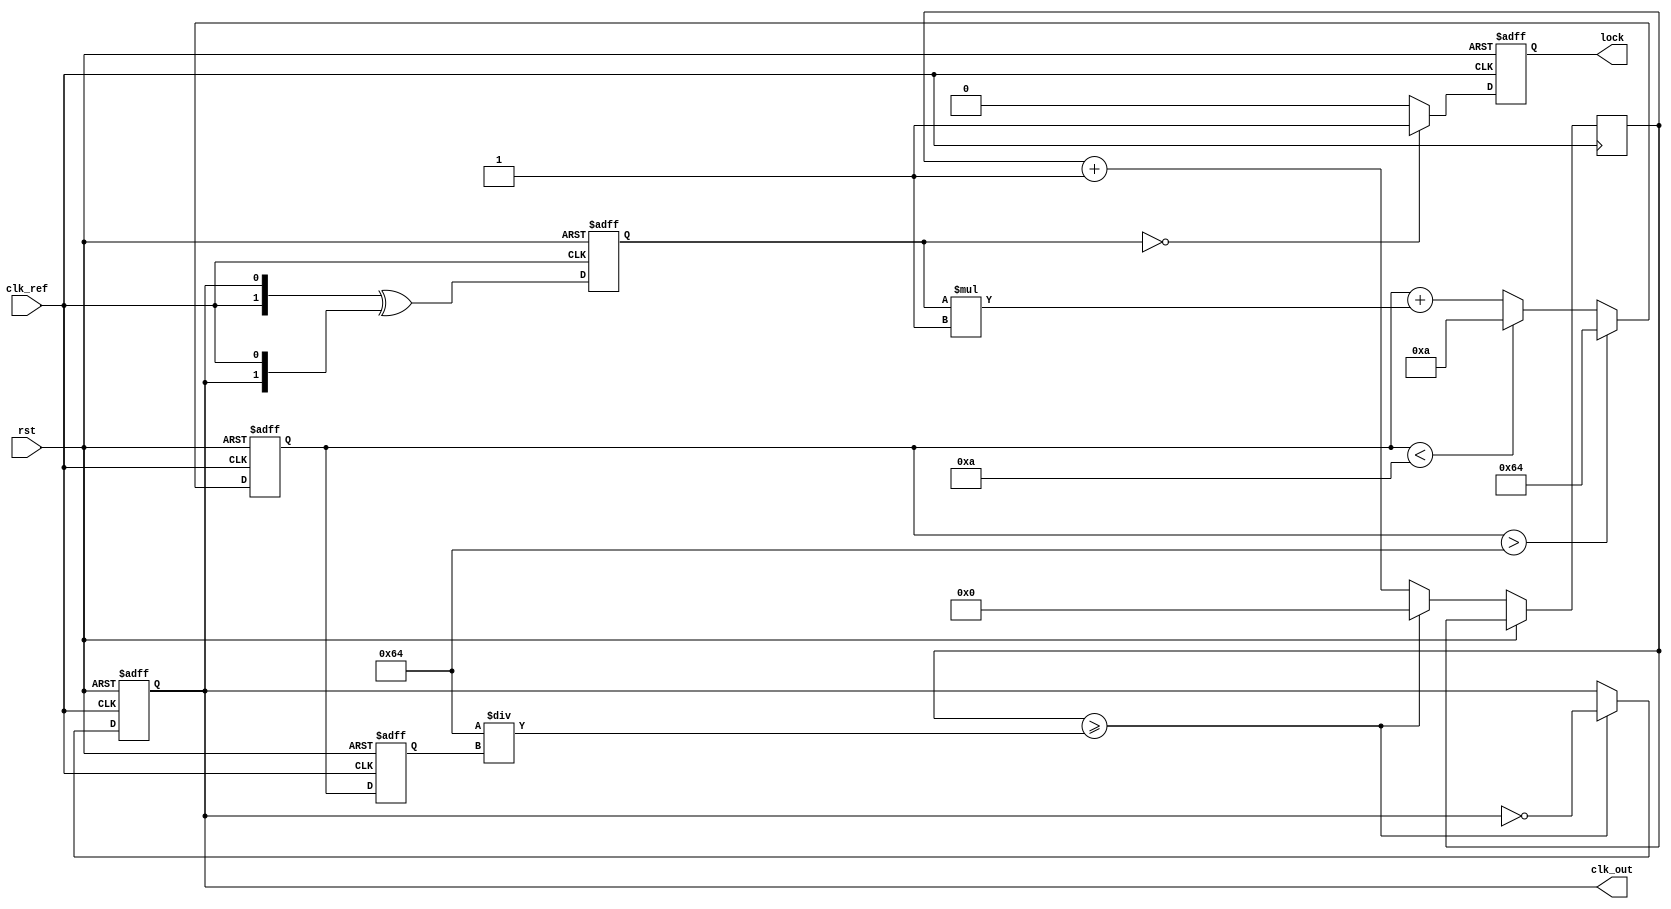
module pll (
    input wire clk_ref,       // Reference clock input
    input wire rst,           // Reset signal
    output reg clk_out,       // Output clock signal
    output reg lock           // Lock indicator
);

    // Parameters
    parameter integer VCO_MAX_FREQ = 100; // Maximum VCO frequency
    parameter integer VCO_MIN_FREQ = 10;   // Minimum VCO frequency
    parameter integer LOOP_FILTER_GAIN = 1; // Loop filter gain

    // Internal signals
    reg [1:0] phase_error;    // Phase error signal from phase detector
    reg [7:0] control_voltage; // Control voltage from loop filter
    reg [7:0] vco_output;      // VCO output frequency
    reg [31:0] counter;        // Counter for generating output clock

    // Phase Detector (PD)
    always @(posedge clk_ref or posedge rst) begin
        if (rst) begin
            phase_error <= 2'b00;
        end else begin
            // Simple XOR phase detector
            phase_error <= {clk_ref, clk_out} ^ {clk_out, clk_ref};
        end
    end

    // Loop Filter (LF)
    always @(posedge clk_ref or posedge rst) begin
        if (rst) begin
            control_voltage <= 8'b0;
        end else begin
            // Simple proportional control
            control_voltage <= control_voltage + (phase_error * LOOP_FILTER_GAIN);
            // Clamp control voltage to VCO range
            if (control_voltage > VCO_MAX_FREQ) begin
                control_voltage <= VCO_MAX_FREQ;
            end else if (control_voltage < VCO_MIN_FREQ) begin
                control_voltage <= VCO_MIN_FREQ;
            end
        end
    end

    // Voltage-Controlled Oscillator (VCO)
    always @(posedge clk_ref or posedge rst) begin
        if (rst) begin
            vco_output <= VCO_MIN_FREQ;
            clk_out <= 0;
            lock <= 0;
        end else begin
            // Adjust VCO output based on control voltage
            vco_output <= control_voltage;
            // Generate output clock based on VCO output
            if (counter >= (100 / vco_output)) begin
                clk_out <= ~clk_out;
                counter <= 0;
            end else begin
                counter <= counter + 1;
            end
            // Lock detection (simple example)
            if (phase_error == 2'b00) begin
                lock <= 1; // Locked state
            end else begin
                lock <= 0; // Not locked
            end
        end
    end

endmodule